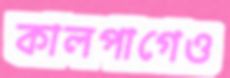
কালপাগেও